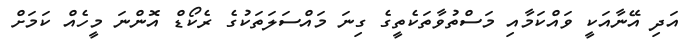
އަދި އޭނާއަކީ ވައްކަމާއި މަސްތުވާތަކެތީގެ ގިނަ މައްސަލަތަކުގެ ރެކޯޑް އޮންނަ މީހެއް ކަމަށް